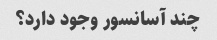
چند آسانسور وجود دارد؟